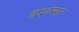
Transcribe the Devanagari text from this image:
दशमाः